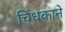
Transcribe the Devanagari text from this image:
चिंधकाने